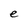
Character: e